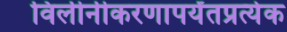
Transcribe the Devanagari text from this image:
विलीनीकरणापर्यंतप्रत्येक